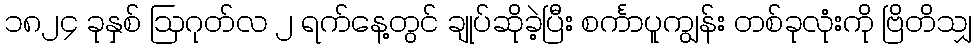
၁၈၂၄ ခုနှစ် ဩဂုတ်လ ၂ ရက်နေ့တွင် ချုပ်ဆိုခဲ့ပြီး စင်္ကာပူကျွန်း တစ်ခုလုံးကို ဗြိတိသျှ